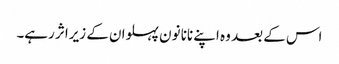
اس کے بعد وہ اپنے نانا نون پہلوان کے زیراثر رہے۔